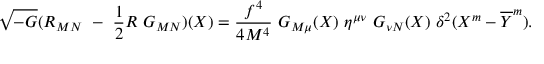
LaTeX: \sqrt { - G } ( R _ { M N } ~ - ~ \frac { 1 } { 2 } R ~ G _ { M N } ) ( X ) = \frac { f ^ { 4 } } { 4 M ^ { 4 } } ~ G _ { M \mu } ( X ) ~ \eta ^ { \mu \nu } ~ G _ { \nu N } ( X ) ~ \delta ^ { 2 } ( X ^ { m } - \overline { { { Y } } } ^ { m } ) .